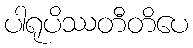
ပါရုပိဿတီတိပေ